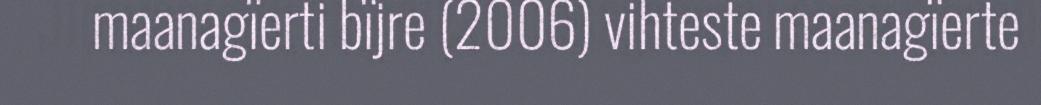
maanagïerti bïjre (2006) vihteste maanagïerte